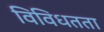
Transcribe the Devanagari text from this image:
विविधतता